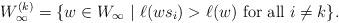
LaTeX: \begin{align*}W_\infty^{(k)} = \{ w \in W_\infty \ |\ \ell(ws_i)>\ell(w) \mbox{ for all } i\not=k\}.\end{align*}